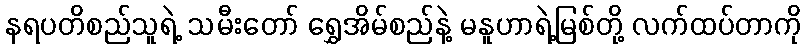
နရပတိစည်သူရဲ့ သမီးတော် ရွှေအိမ်စည်နဲ့ မနူဟာရဲ့မြစ်တို့ လက်ထပ်တာကို